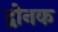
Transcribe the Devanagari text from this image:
द्रोनक